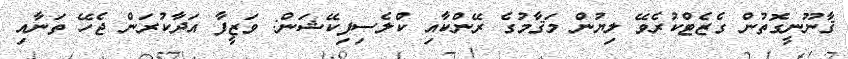
ޤާނޫނީގޮތުން ގެޒެޓްކުރެވޭ ލިޔުން މަޤާމުގެ ރޭންކާއި ކްލެސިފިކޭޝަން: ވަޒީފާ އަދާކުރަން ޖެހޭ ތަނާއި